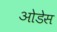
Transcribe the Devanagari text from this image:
ओडेस